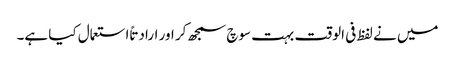
میں نے لفظ فی الوقت بہت سوچ سمجھ کر اور ارادتاً استعمال کیا ہے۔